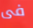
فى